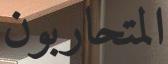
المتحاربون